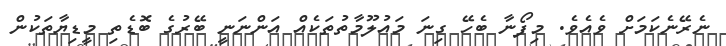
ނެރޭނެކަމަށް ވެއެވެ. މިފޯނާ ބެހޭ ގިނަ މައުލޫމާތުތަކެއް އަންނަނީ ބޭރުގެ ބޮޑެތި މީޑިޔާތަކުން